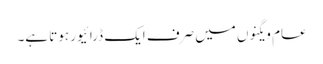
عام ویگنوں میں صرف ایک ڈرائیور ہوتا ہے۔